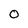
Character: 0